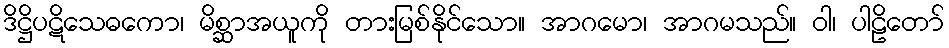
ဒိဋ္ဌိပဋိသေဓကော၊ မိစ္ဆာအယူကို တားမြစ်နိုင်သော။ အာဂမော၊ အာဂမသည်။ ဝါ၊ ပါဠိတော်